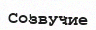
Созвучие